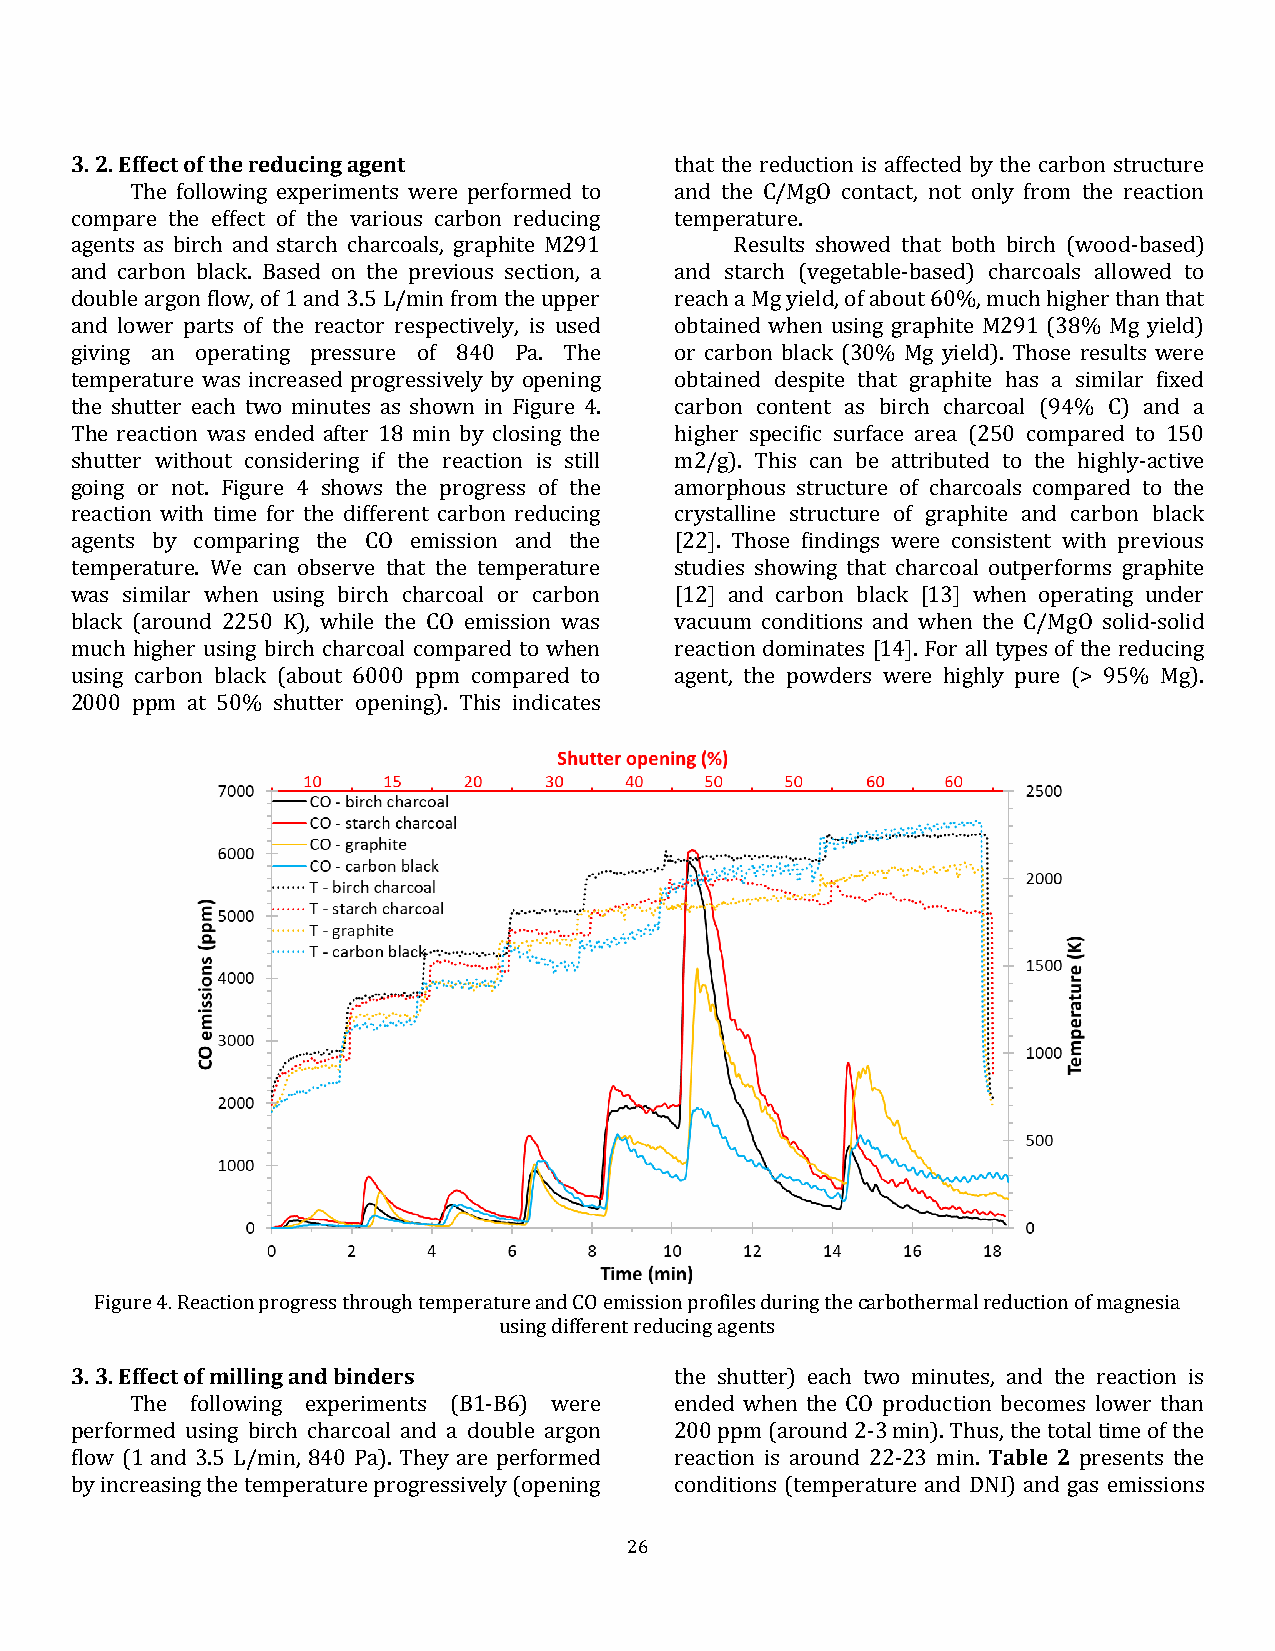
3. 2. Effect of the reducing agent      that the reduction is affected by the carbon structure
 The following experiments were performed to and the C/MgO contact, not only from the reaction
 compare the effect of the various carbon reducing temperature.
 agents as birch and starch charcoals, graphite M291 Results showed that both birch (wood-based)
 and carbon black. Based on the previous section, a and starch (vegetable-based) charcoals allowed to
 double argon flow, of 1 and 3.5 L/min from the upper reach a Mg yield, of about 60%, much higher than that
 and lower parts of the reactor respectively, is used obtained when using graphite M291 (38% Mg yield)
 giving an operating pressure of 840 Pa. The or carbon black (30% Mg yield). Those results were
 temperature was increased progressively by opening obtained despite that graphite has a similar fixed
 the shutter each two minutes as shown in Figure 4. carbon content as birch charcoal (94% C) and a
 The reaction was ended after 18 min by closing the higher specific surface area (250 compared to 150
 shutter without considering if the reaction is still m2/g). This can be attributed to the highly-active
 going or not. Figure 4 shows the progress of the amorphous structure of charcoals compared to the
 reaction with time for the different carbon reducing crystalline structure of graphite and carbon black
 agents by comparing the CO emission and the [22]. Those findings were consistent with previous
 temperature. We can observe that the temperature studies showing that charcoal outperforms graphite
 was similar when using birch charcoal or carbon [12] and carbon black [13] when operating under
 black (around 2250 K), while the CO emission was vacuum conditions and when the C/MgO solid-solid
 much higher using birch charcoal compared to when reaction dominates [14]. For all types of the reducing
 using carbon black (about 6000 ppm compared to agent, the powders were highly pure (> 95% Mg).
 2000 ppm at 50% shutter opening). This indicates
 Figure 4. Reaction progress through temperature and CO emission profiles during the carbothermal reduction of magnesia
 using different reducing agents
 3. 3. Effect of milling and binders     the shutter) each two minutes, and the reaction is
 The following experiments (B1-B6) were ended when the CO production becomes lower than
 performed using birch charcoal and a double argon 200 ppm (around 2-3 min). Thus, the total time of the
 flow (1 and 3.5 L/min, 840 Pa). They are performed reaction is around 22-23 min. Table 2 presents the
 by increasing the temperature progressively (opening conditions (temperature and DNI) and gas emissions
 26